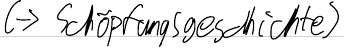
(-> Schöpfungsgeschichte)